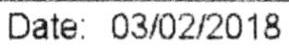
DATE: 03/02/2018